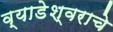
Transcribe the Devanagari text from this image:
व्याडेश्वराचे